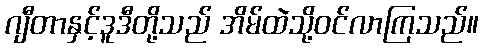
ဂျီတာနှင့်ဒူဒီတို့သည် အိမ်ထဲသို့ဝင်လာကြသည်။